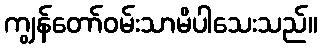
ကျွန်တော်ဝမ်းသာမိပါသေးသည်။